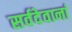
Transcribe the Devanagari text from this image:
सर्वदेवानां